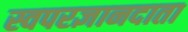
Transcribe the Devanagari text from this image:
स्वपरज्ञानदाता